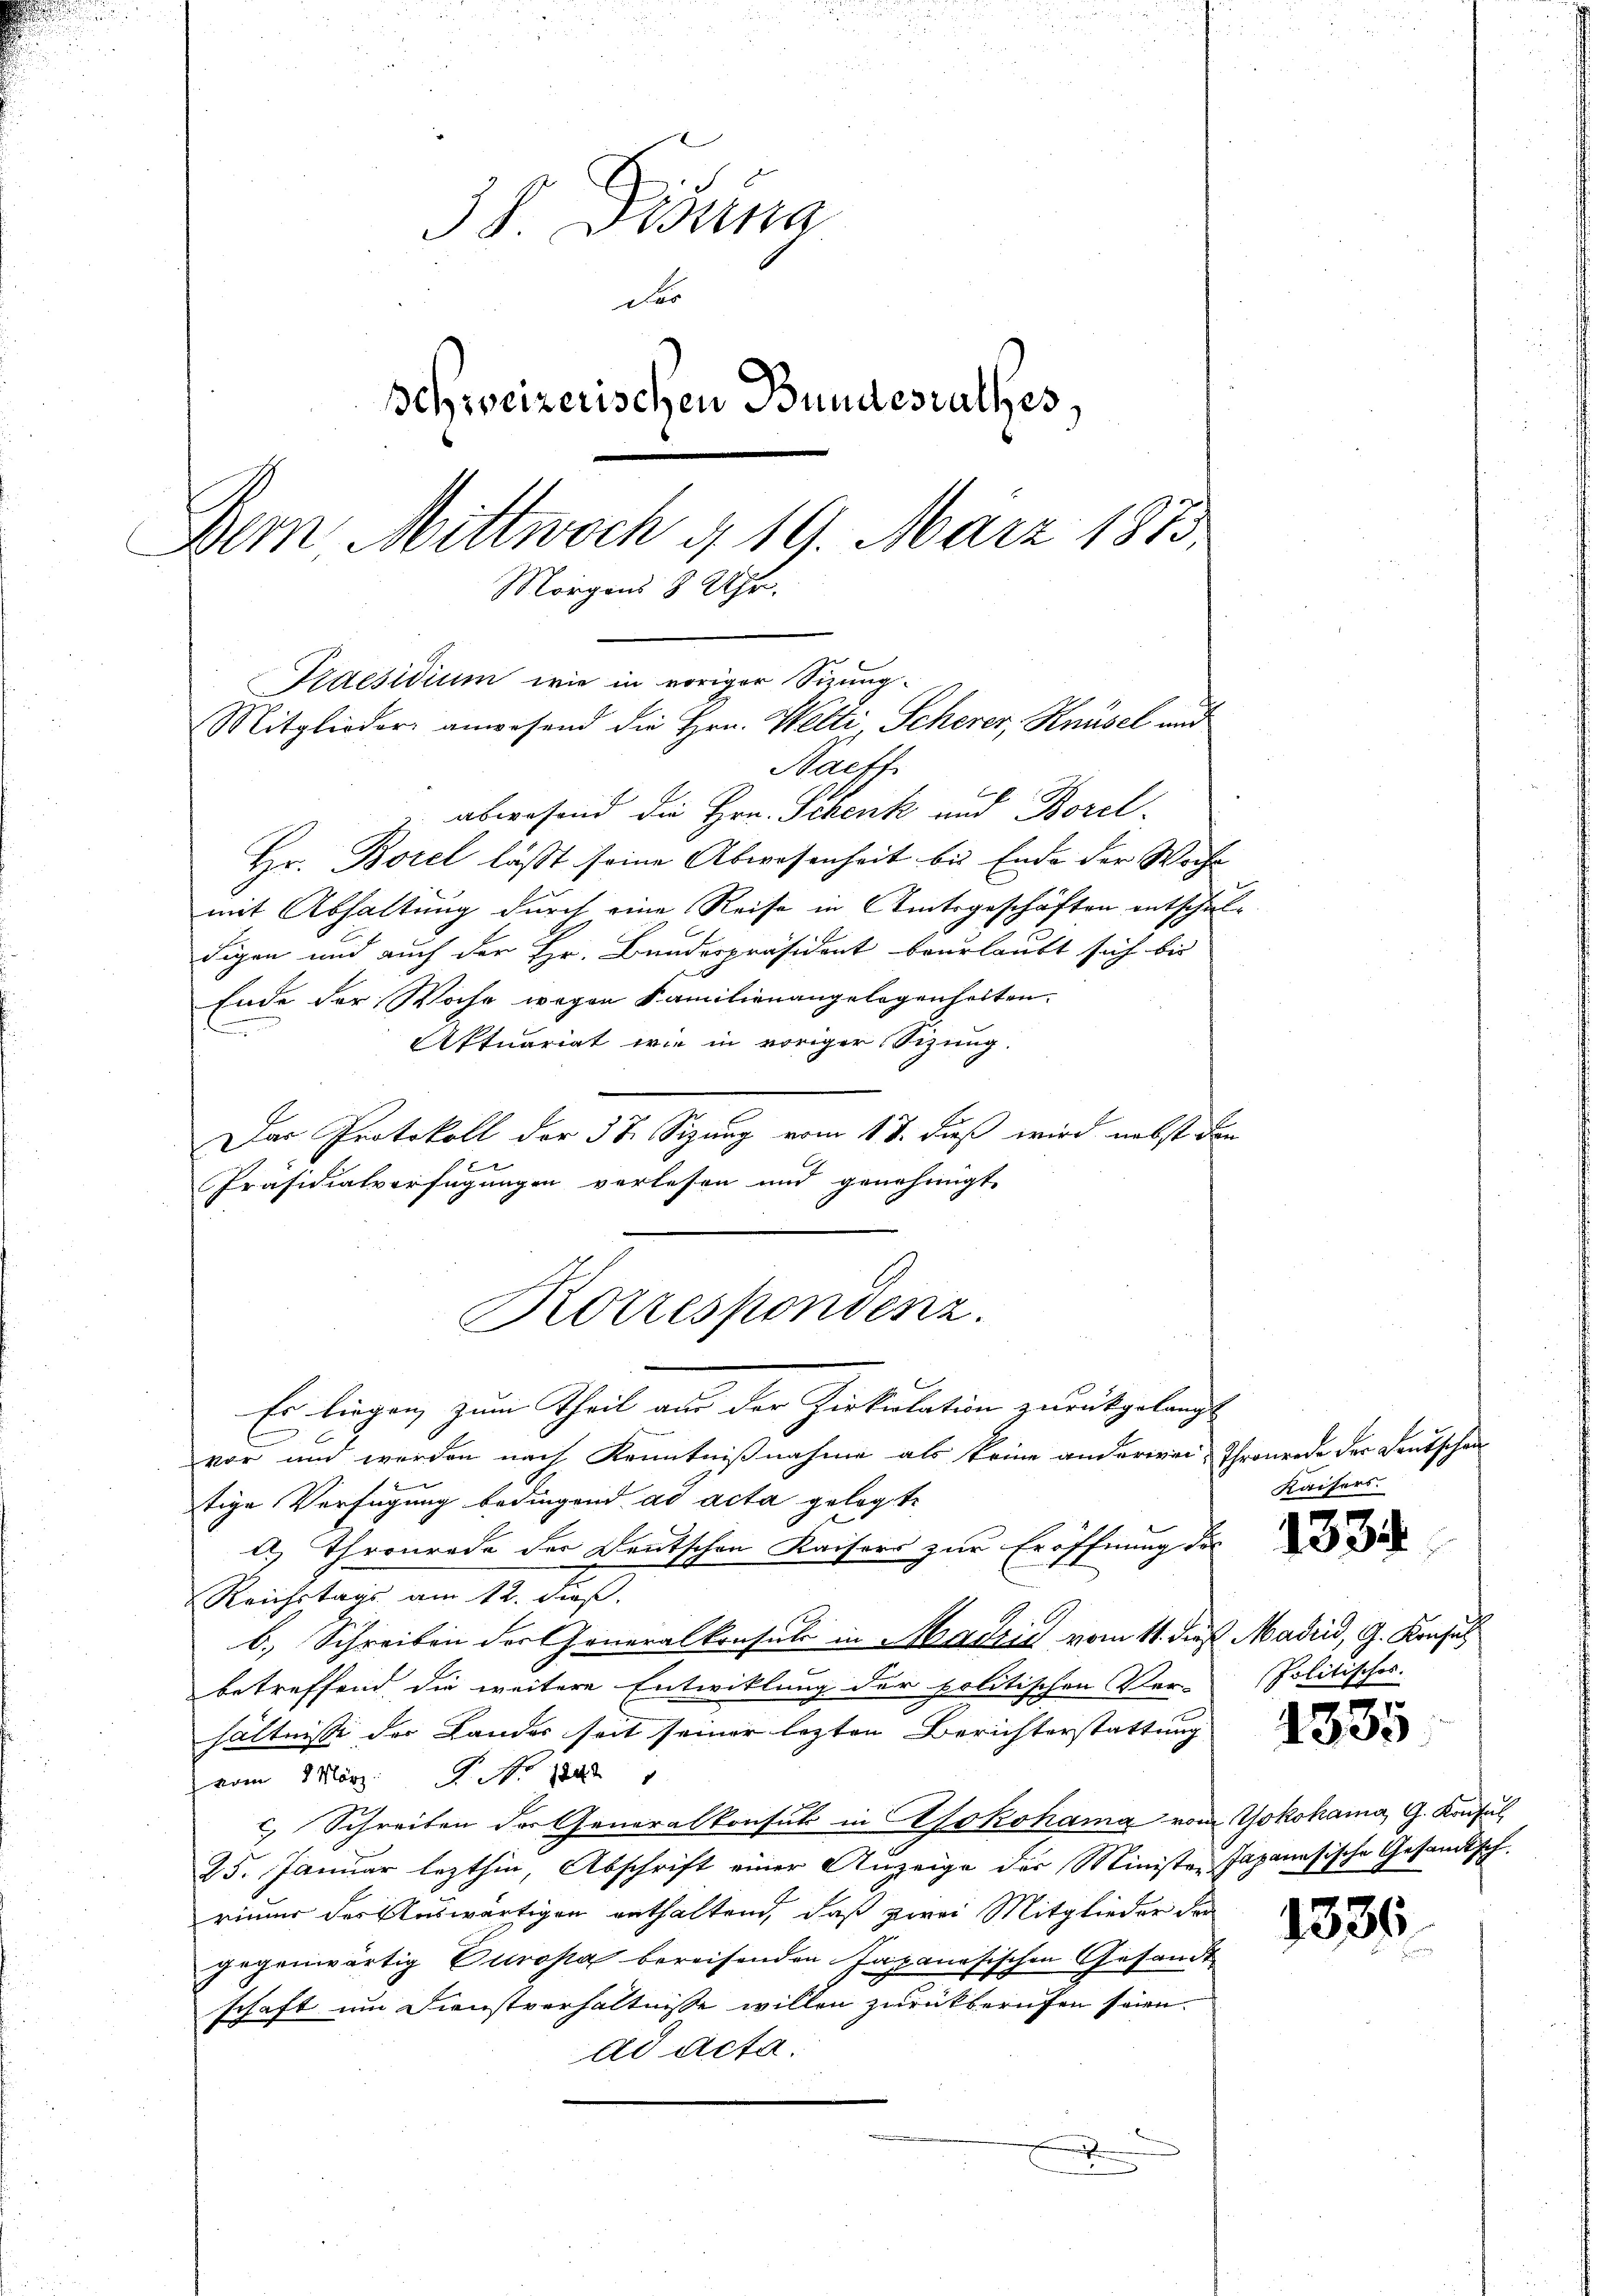
38 Disena
des
Schweizerischen Bundesrathes,
Dem Mittwoch d. 19. März 1873,
Morgens 8 Uhr.
Praesidium wie in voriger Sizung¬
Mitglieder anwesend die Hrn. Welti Scherer, Knüsel und
Nachf

abwesend die Hrn. Schenk und Borel¬
Hr. Borel läßt seine Abwesenheit bis Ende der Woche
mit Abhaltung durch eine Reise in Amtsgeschäften entschuldigen und auch der Hr. Bundespräsident beurlaubt sich bis
Ende der Woche wegen Familienangelegenheiten.
Aktuariat wie in voriger Sizung.
Das Protokoll der 38. Sizung vom 18. dieß wird nebst dan
f
Präsidialverfügungen verlesen und genehmigt
Korrespondenz.

Es liegen zum Theil aus der Zirkulation zurückgelangt
vor und werden nach Kenntnißnahme als keine anderwei-
tige Verfügung bedingend ad acta gelegte
2) Thronrade der Deutschen Kaisers zur Eröffnung de
Reichstags am 12. ds.
b. Schreiben der Generalkonsuls in Madzić vom 11. dieß Madrid, G. Konsul
.
betreffend die weitere Entwicklung der politischen Ver-
hältnisse der Landes seit seiner letzten Berichterstattung
vom März. No. 1848
 Schreiben der Generalkonsul in Lokohama von Yokohama, G. Konsul
25. Januar lezthin, Abschrift einer Anzeige der Ministen Japanesische Gesandtsch.
rimer des Auswärtigen enthaltend, daß zwei Mitglieder der
gegenwärtig Europa bereisenden Japanesischen Gesandt
schaft um Dienstverhältnisse willen zurückberufen seien.
ad Acta.
.

Thronrode der Deutschen
Kaisers.

1334

Politisches.

1335

1336